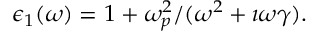
\epsilon _ { 1 } ( \omega ) = 1 + \omega _ { p } ^ { 2 } / ( \omega ^ { 2 } + \imath \omega \gamma ) .